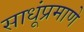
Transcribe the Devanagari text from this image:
साधूंप्रमाणे